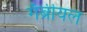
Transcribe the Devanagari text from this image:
गॅब्रीयल